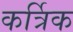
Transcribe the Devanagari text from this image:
कर्त्रिक